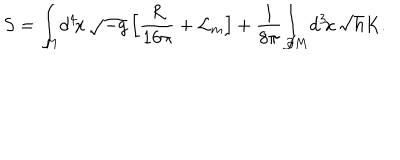
S = { \int } _ { \! \! M } d ^ { 4 } \! x \, \sqrt { - g } \, \Big [ { \frac { R } { 1 6 \pi } } + { \cal L } _ { m } \Big ] + \frac { 1 } { 8 { \pi } } { \int } _ { \! \! \partial M } d ^ { 3 } \! x \, \sqrt { h } K .